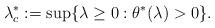
LaTeX: \begin{align*}\lambda_c^*&:=\sup\{\lambda\ge 0:\theta^*(\lambda)>0\}.\end{align*}